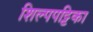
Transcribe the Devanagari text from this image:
शिल्पपट्टिका